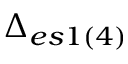
\Delta _ { e s 1 ( 4 ) }